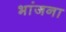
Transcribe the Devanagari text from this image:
भांजना